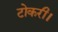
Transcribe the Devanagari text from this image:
टोकरी।